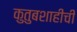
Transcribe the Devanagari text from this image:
कुतुबशाहीची